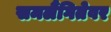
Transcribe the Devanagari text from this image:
समलैंगितेवर